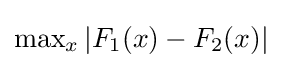
\operatorname {max} _{x}|F_{1}(x)-F_{2}(x)|